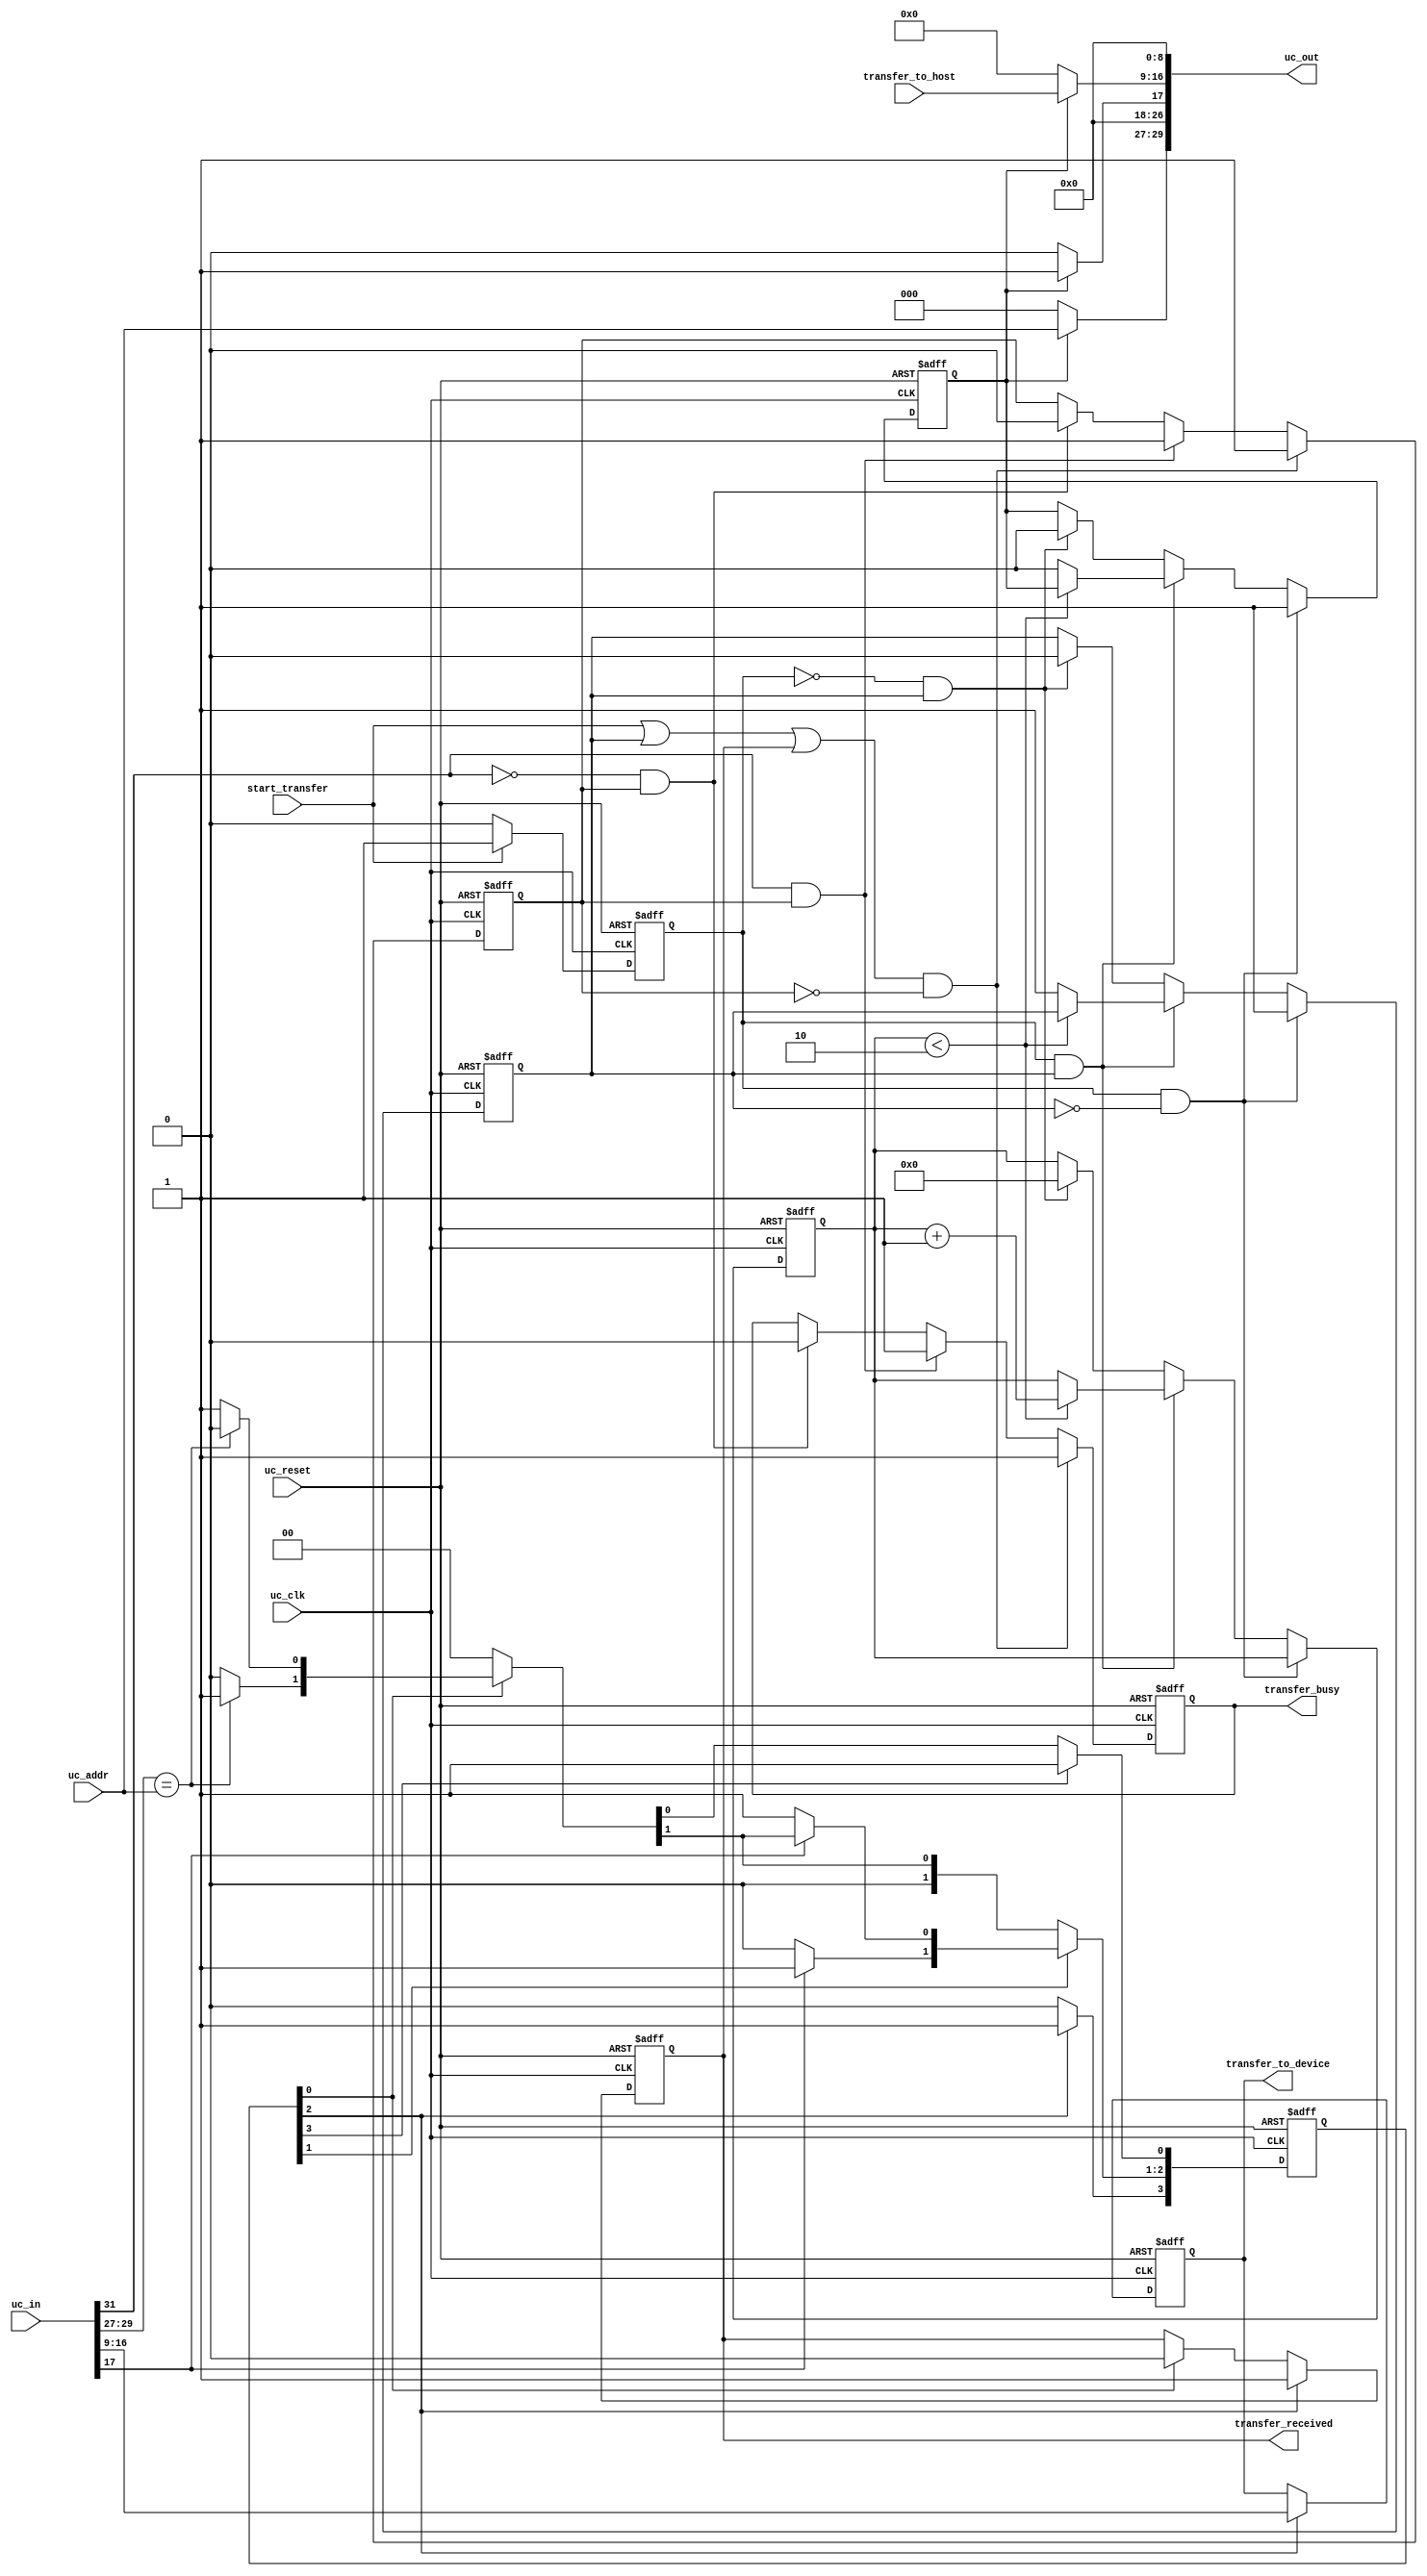
module active_transfer (
	input  wire         uc_clk,
	input  wire         uc_reset,
	input  wire [31:0]  uc_in,
	output wire [29:0]  uc_out,
	
	input  wire         start_transfer,
	output reg          transfer_received,
	
	output reg         transfer_busy,
	
	input  wire  [2:0]  uc_addr,

	input  wire  [7:0]  transfer_to_host,
	output reg   [7:0]  transfer_to_device
	);

   //-----------------------------------------------
   // Parameters
   //-----------------------------------------------
	//Transfer In State Machine
	parameter IN_IDLE                   = 0,
			IN_READ_CMD                 = 1,
			IN_READ_BYTE                = 2,
            IN_DELAY                    = 3;

   //-----------------------------------------------
   // Internal Signals
   //-----------------------------------------------
 	reg 	[3:0]                        state_in, next_in;
  
   // Tranfer to Device registers
	reg                 transfer_to_device_reset;
	
   // Transfer to Host registers
    reg                 start_transfer_in;
	reg                 to_transfer_update;
	reg                 transfer_to_device_meta;
	reg                 start_transfer_reg;
	reg [3:0]           start_transfer_count;
	
	//Transfer busy registers
	reg                  transfer_busy_reg;

`ifdef SIM
   reg [8*26:1] state_name;
`endif
	
	//-----------------------------------------------
   // Assignments
   //-----------------------------------------------
	assign uc_out[29:27]       = to_transfer_update ? uc_addr : 3'h0;           //Address
	assign uc_out[26]          = 1'b0;                                          //Block Command
	assign uc_out[25:18]       = 8'h0;                                          //Block Length Byte
	assign uc_out[17]          = to_transfer_update ? 1'b1 : 1'b0;              //Transfer Command
    assign uc_out[16:9]        = to_transfer_update ? transfer_to_host : 8'h0;  //Transfer  Byte
	assign uc_out[8]           = 1'b0;                                          //Trigger Command
	assign uc_out[7:0]         = 8'h0;                                          //Trigger Byte
	 
   //-----------------------------------------------
   // Transfer Out, transfer busy
   //-----------------------------------------------
    always @(posedge uc_clk or negedge uc_reset) 
	begin
	  if (!uc_reset)
      begin
		     transfer_busy <= 1'b0;
		     transfer_busy_reg <= 1'b0;
      end 
     else 
     begin
	       if((start_transfer | start_transfer_reg | transfer_received) & !transfer_busy_reg)
		   begin
                 transfer_busy <= 1'b1;
		         transfer_busy_reg <= 1'b1;
		   end
		   else if(uc_in[31] & transfer_busy_reg)
		   begin
		         transfer_busy <= 1'b1;
		         transfer_busy_reg <= 1'b1;
		   end
		   else if(!uc_in[31] & transfer_busy_reg)
		   begin
		        transfer_busy <= 1'b0;
		        transfer_busy_reg <= 1'b0;
		   end
      end
	 end
   //-----------------------------------------------
   // Single Transfer In  transfer_received 
   //-----------------------------------------------
    always @(posedge uc_clk or negedge uc_reset) 
	begin
	  if (!uc_reset)
      begin
		     transfer_to_device <= 0;	
		     transfer_received <= 1'b0;
      end 
     else 
     begin
		if(state_in[IN_READ_BYTE])
		begin
             transfer_received <= 1'b1;
			 transfer_to_device <= uc_in[16:9];
		end
		else if(state_in[IN_IDLE])
		    transfer_received <= 1'b0;
	 end
	end
	

   //-----------------------------------------------
   // Transfer to Device Detection
   // parameter IN_IDLE                   = 0,
   //			IN_READ_CMD                 = 1,
   //			IN_READ_BYTE                = 2,
   //			IN_DELAY                    = 3;
   //
   //-----------------------------------------------
   // Next State Logic
   always @(posedge uc_clk or negedge uc_reset)
     begin
		if (!uc_reset)
		begin
			state_in <= 4'h00;
			state_in[IN_IDLE] <= 1'b1;
		end
		else
			state_in <= next_in;
	end

     // State Definitions
   always @ ( state_in or uc_in or uc_addr)
     begin
	next_in = 4'h00;

	if (state_in[IN_IDLE])
	  begin
	     if (uc_in[29:27] == uc_addr)
	       next_in[IN_READ_CMD] = 1'b1;
         else		 
	       next_in[IN_IDLE] = 1'b1;
	  end

	
	if (state_in[IN_READ_CMD])
	  begin
		if (uc_in[17] == 1'b1)
			next_in[IN_READ_BYTE] = 1'b1;
		else 
			next_in[IN_READ_CMD] = 1'b1;
	  end

	if ( state_in[IN_READ_BYTE] )
	begin
		next_in[IN_DELAY] = 1'b1;	
	end

	if (state_in[IN_DELAY])
	begin
	    next_in[IN_IDLE] = 1'b1;
	end


	`ifdef SIM
	   if ( state_in == ( 1 << IN_IDLE ))
		   state_name = "IN_IDLE";
	   else if ( state_in == ( 1 << IN_READ_CMD ))
		   state_name = "IN_READ_CMD";
	   else if ( state_in == ( 1 << IN_READ_BYTE ))
		   state_name = "IN_READ_BYTE";
	   else if ( state_in == ( 1 << IN_DELAY ))
		   state_name = "IN_DELAY";
`endif

	end//end of state_in machine
/*    always @(uc_in or transfer_to_device_reset or uc_reset) 
	begin
	     if (!uc_reset)
		 begin
		     transfer_to_device = 0;	
             transfer_received = 1'b0;			 
		 end
		 else if(transfer_to_device_reset)
		     transfer_received = 1'b0;	
		 else if(uc_in[`UC_ADDRESS_END:`UC_ADDRESS_START] == uc_addr)
		 begin
		     if(uc_in[`UC_CMD_END: `UC_CMD_START] == `TRANSFER_IN_CMD)
			 begin
			     transfer_to_device = uc_in[`UC_DATAIN_END:`UC_DATAIN_START];
			     transfer_received = 1'b1;
			 end
		 end
    end
*/
   //-----------------------------------------------
   // Transfer to Device Reset 
   //-----------------------------------------------
/*    always @(posedge uc_clk or negedge uc_reset) 
	begin
	     if (!uc_reset)
		 begin
		     transfer_to_device_meta <= 1'b0;
		     transfer_to_device_reset <= 1'b0;
	     end 
		 else 
		 begin
		         transfer_to_device_reset <= 1'b0;
             //if(transfer_received )	
             if(transfer_received & (uc_in == 0))	
             begin			 
		         transfer_to_device_meta <= 1'b1;
		         transfer_to_device_reset <= transfer_to_device_meta;
			 end
		     else
			 begin
		         transfer_to_device_meta <= 1'b0;
			 end
	     end
    end
*/
    //-------------------------------------------------
	// Register the Start Transfer Signal Transfer to Host
	//-------------------------------------------------
    always @(posedge uc_clk or negedge uc_reset)
	begin
	  if(!uc_reset)
	  begin
	     start_transfer_in <= 1'b0;
	  end
	  else
	  begin
	       if(start_transfer)
	           start_transfer_in <= 1'b1;
		    else 
			   start_transfer_in <= 1'b0;
	  end
	end

    //-------------------------------------------------
	// Transfer To Host registers
	//-------------------------------------------------
    always @(posedge uc_clk or negedge uc_reset)
	begin
	  if(!uc_reset)
	  begin
	     start_transfer_reg <= 1'b0;
		 to_transfer_update <= 1'b0;
		 start_transfer_count <= 0;
	  end
	  else
	  begin
	       if(start_transfer_in & !start_transfer_reg)
		   begin
	           start_transfer_reg <= 1'b1;
		       to_transfer_update <= 1'b1;
		   end
		    else if(start_transfer_in & start_transfer_reg)
			begin
			   if(start_transfer_count < 4'h2)
			      start_transfer_count <= start_transfer_count + 1'd1;
				else
				begin
			       start_transfer_reg <= 1'b1;
			       to_transfer_update <= 1'b0;
				end
			end
		    else if(!start_transfer_in & start_transfer_reg)
			begin
			   start_transfer_reg <= 1'b0;
			   to_transfer_update <= 1'b0;
				start_transfer_count <= 0;
			end
		    //else 
			//begin
			//   start_transfer_reg <= 1'b0;
			//   to_transfer_update <= 1'b0;
			//end
	  end
	end



endmodule